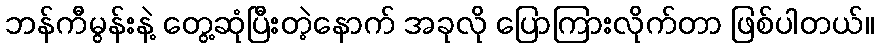
ဘန်ကီမွန်းနဲ့ တွေ့ဆုံပြီးတဲ့နောက် အခုလို ပြောကြားလိုက်တာ ဖြစ်ပါတယ်။